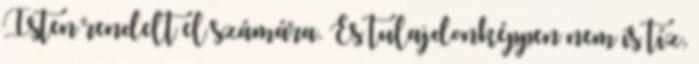
Isten rendelt el számára. És tulajdonképpen nem is tíz,